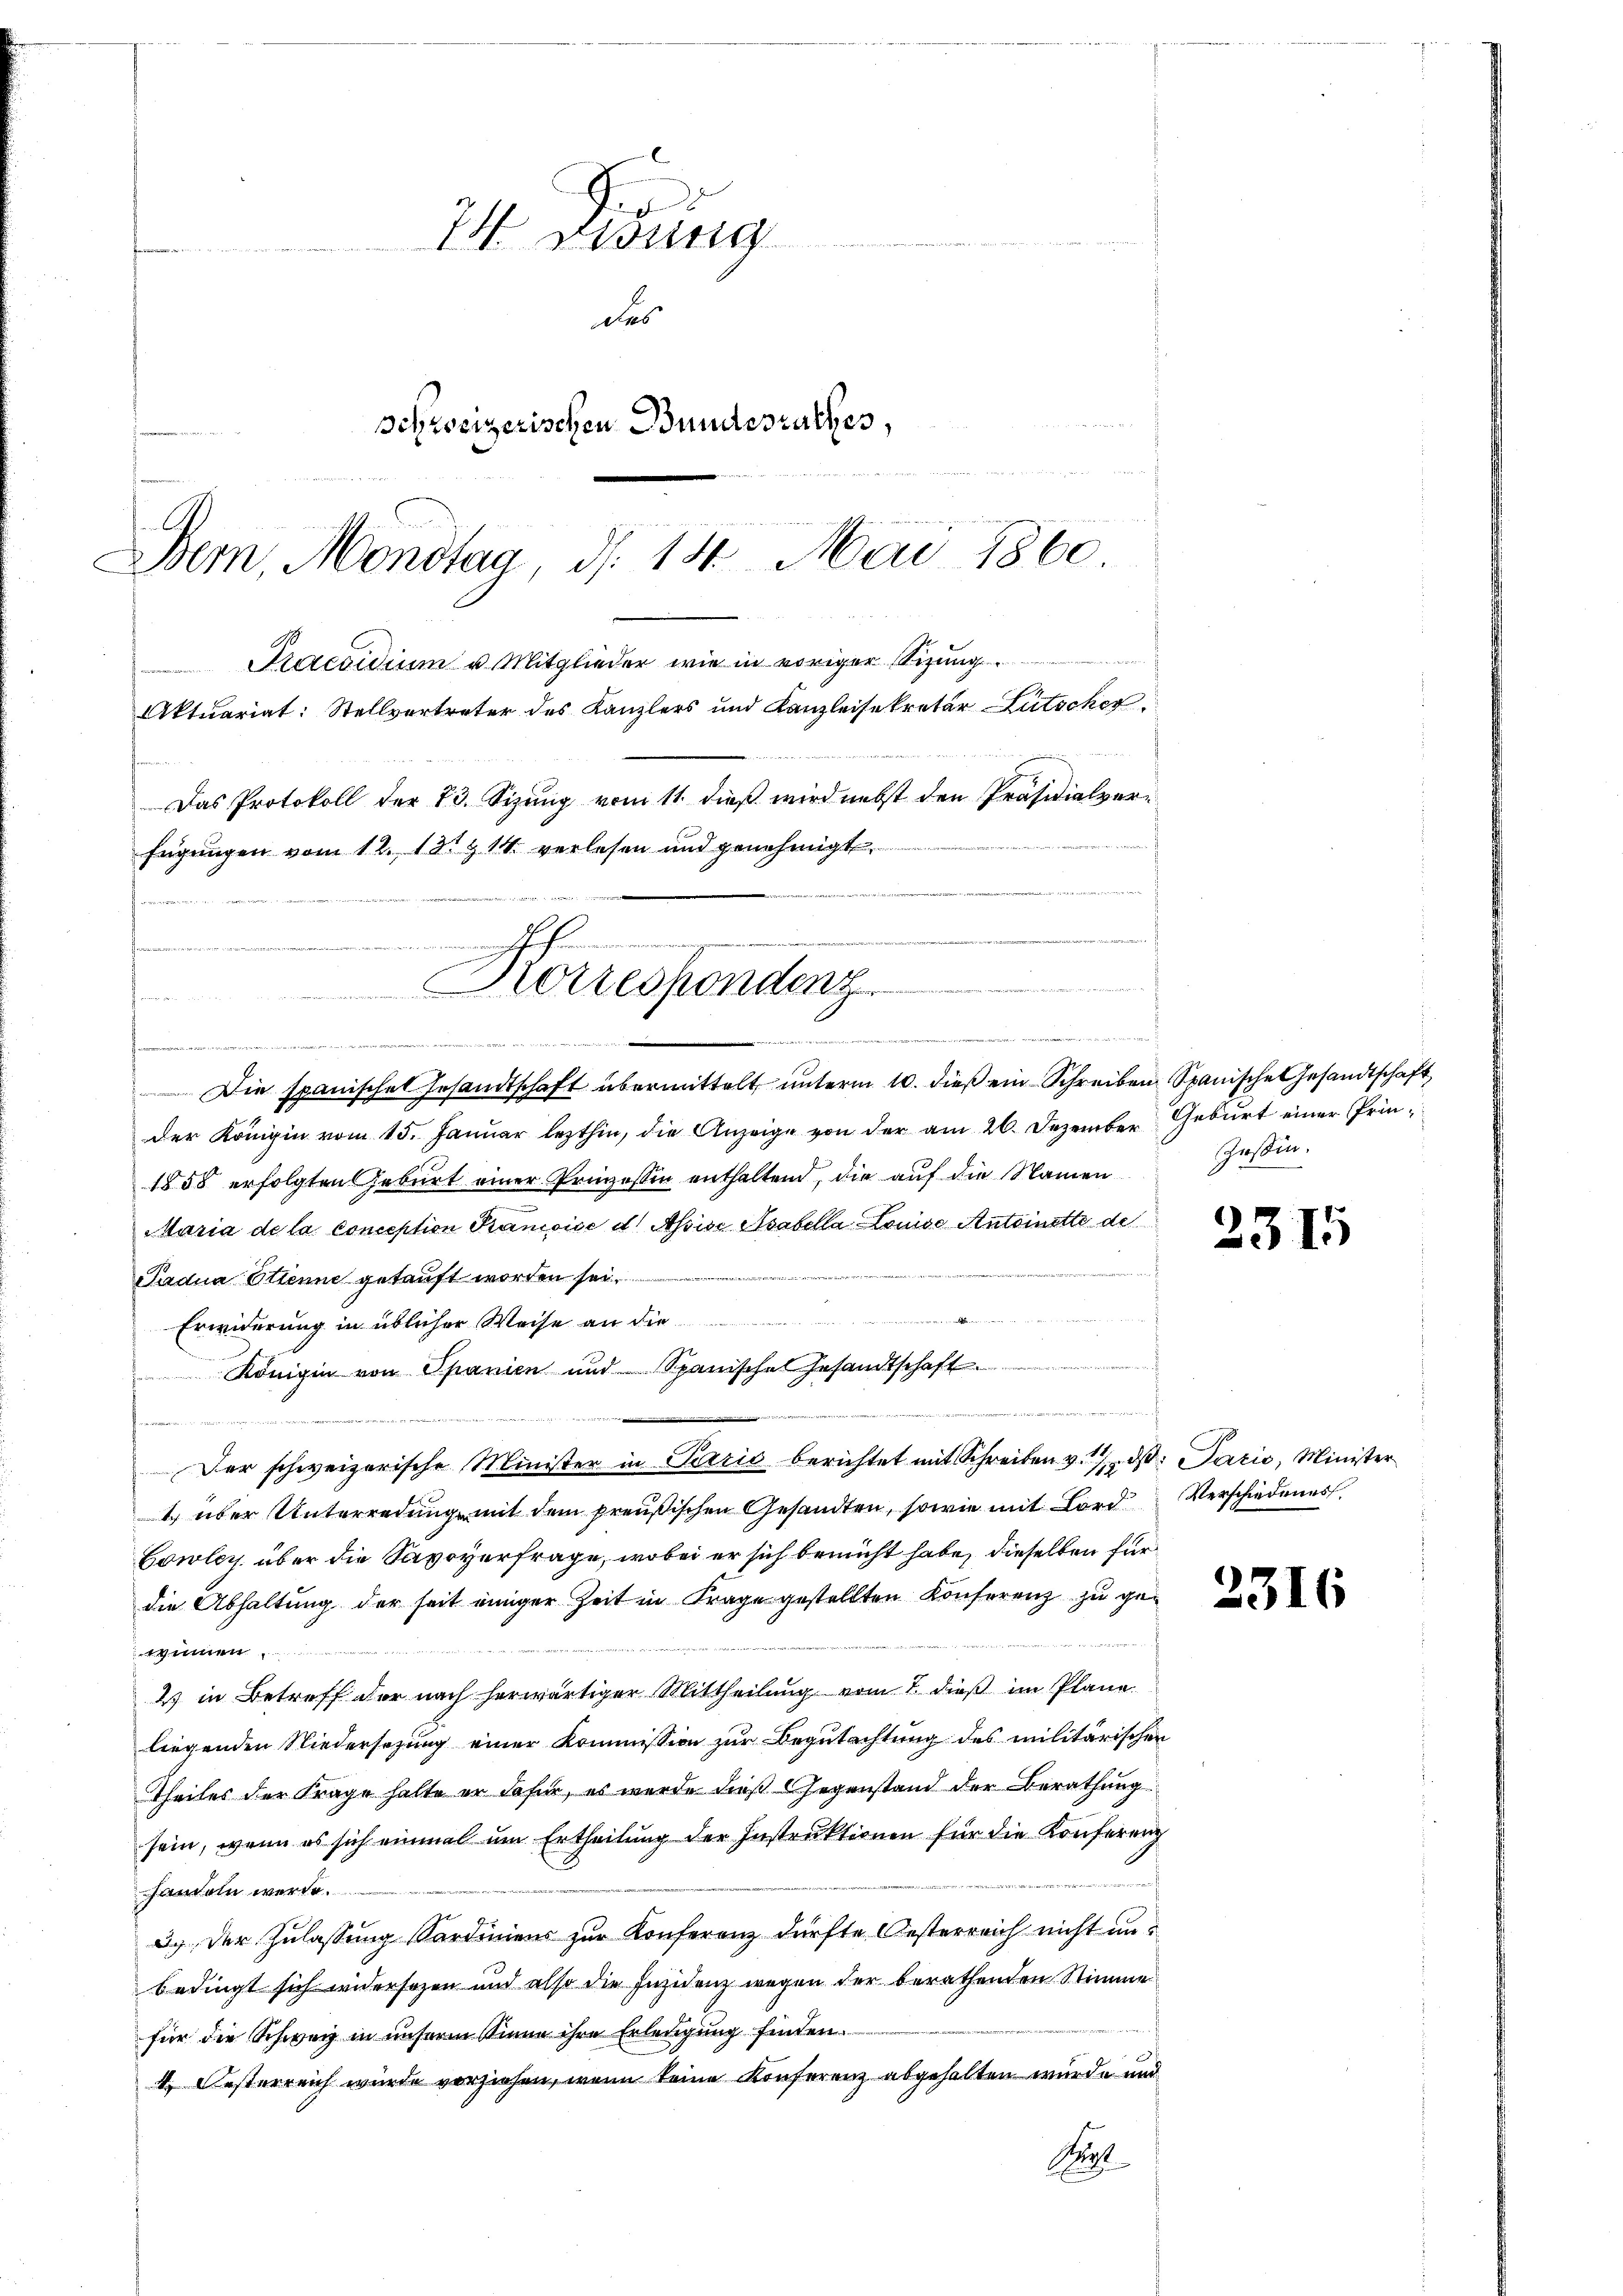
24 Didung
.
des

schweizerischen Bundesrathes,

Bern, Monotaa, d. 14. Mai 1860

Steresidium u. Mitglieder wie in voriger Sizung
Aktuariat: Stellvertreter des Kanzlers und Kanzleisekretär Lütscher
Das Protokoll der 23. Sizung vom 11. dieß wird nebst den Präsidialvericiers
fügungen vom 12. 131 & 14 verlesen und genehmigt

Preise

Korrespondenz
an

e . . . . . .
n werden, an den den war
Die spanisches Gesandtschaft übermittelt unterm 10. dieß ein Schreiben Spanische Gesandtschaft
der Königin vom 15. Janŭar lezthin, die Anzeige von der am 26. Dezember Geburt einer Prin-
1858 erfolgten Geburt einer Prinzessin enthaltend, die auf die Namen
Maria de la conception Francoise d. Assise Asabella Louise Antoinette de
Padua Ottenne getauft worden sei.
äen
Erwiderung in üblicher Weise an die
Königin von Opanien und Spanische Gesandtschaft

Der schweizerische Minister in Perić berichtet mit Schreiben v. d. Parić, Minister
4 über Unterredung mit dem preußischen Gesandten, sowie mit Lord Verschiedenes
Cowley über die Savoyerfrage, wobei er sich bemüht habe, dieselben für
die Abhaltung der seit einiger Zeit in Frage gestellten Konferenz zu gewinnen.
2) in Betreff der nach herwärtiger Mittheilung vom 7. dieß im Plane
liegenden Niedersetzung einer Kommission zur Begutachtung des militärischen
Theiles der Frage halte er dafür, es wurde dieß Gegenstand der Berathung
sein, wenn es sich einmal um Ertheilung der Instruktionen für die Konferenz
handeln werde.
ac, der Zulassung Sardiniens zur Konferenz dürfte Oesterreich nicht unbedingt sich widersezen und also die Insidenz wegen der berathenden Stimme
für die Schweiz in unserm Sinne ihre Erledigung finden.
. Oesterreich wurde vorziehen, wenn keine Konferenz abgehalten wurde und
Sp

Zessin.

2315

2316